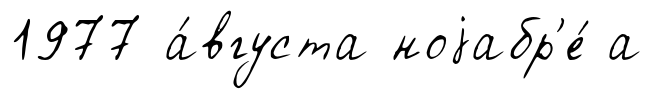
1977 а́вгуста ноjабр'е́ а